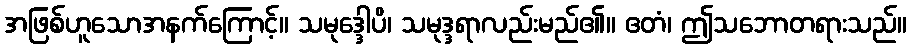
အဖြစ်ဟူသောအနက်ကြောင့်။ သမုဒ္ဒေါပိ၊ သမုဒ္ဒရာလည်းမည်၏။ ဧတံ၊ ဤသဘောတရားသည်။